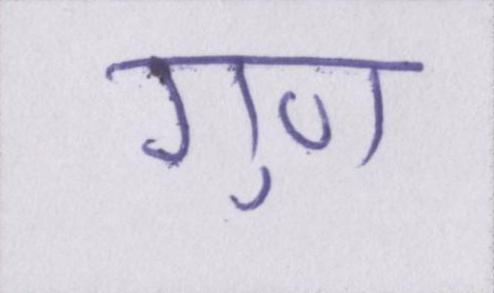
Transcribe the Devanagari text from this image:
गुण